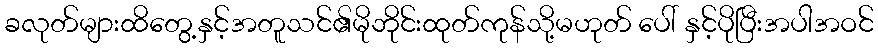
ခလုတ်များထိတွေ့နှင့်အတူသင်၏မိုဘိုင်းထုတ်ကုန်သို့မဟုတ် ပေါ် နှင့်ပိုပြီးအပါအဝင်